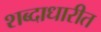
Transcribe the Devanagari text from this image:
शब्दाधारीत